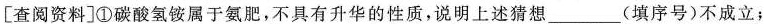
[查阅资料]①碳酸氢铵属于氨肥，不具有升华的性质，说明上述猜想___(填序号)不成立；